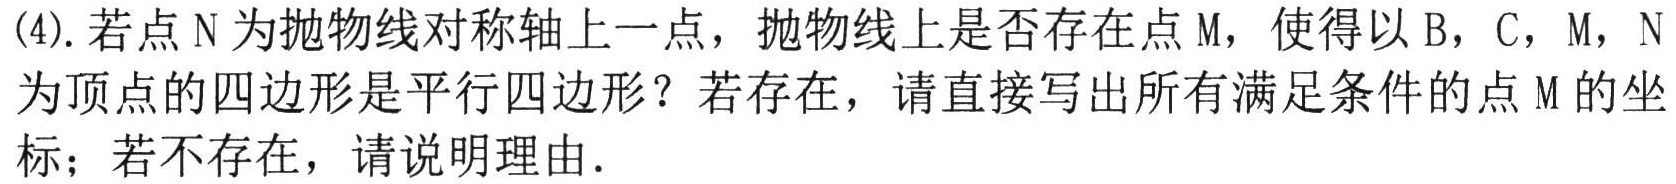
(4). 若点$\mathrm{N}$为抛物线对称轴上一点，抛物线上是否存在点$\mathrm{M}$，使得以$\mathrm{B}$，$\mathrm{C}$，$\mathrm{M}$，$\mathrm{N}$
为顶点的四边形是平行四边形？若存在，请直接写出所有满足条件的点$\mathrm{M}$的坐标；若不存在，请说明理由.